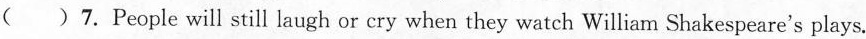
( ) 7.People will still laugh or cry when they watch William Shakespeare's plays.